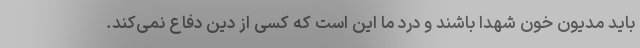
باید مدیون خون شهدا باشند و درد ما این است که کسی از دین دفاع نمی‌کند.